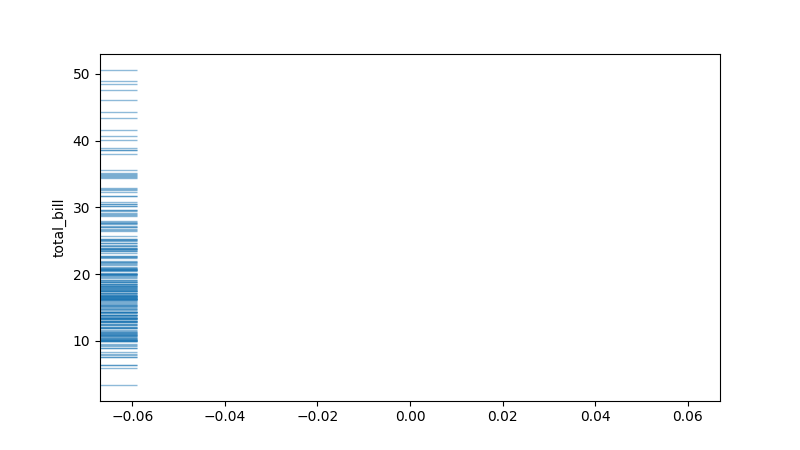
python, seaborn, rugplot, height=0.06, axis='y', alpha=0.5